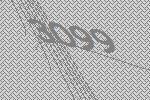
3099